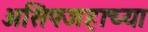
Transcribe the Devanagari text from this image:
असिफ्जहाच्या